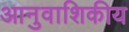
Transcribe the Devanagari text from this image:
आनुवाशिकीय